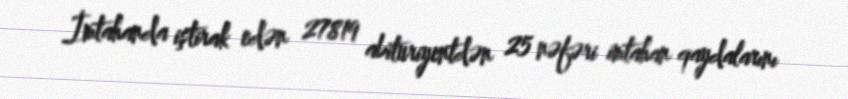
İmtahanda iştirak edən 27819 abituriyentdən 25 nəfəri imtahan qaydalarını